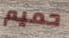
حميم